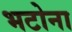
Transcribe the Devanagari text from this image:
भटोना